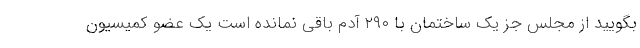
بگویید از مجلس جز یک ساختمان با ۲۹۰ آدم باقی نمانده است یک عضو کمیسیون